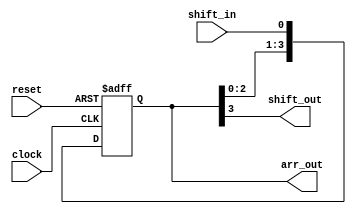
module shiftReg(
	input reset,
	input shift_in,
	input clock,
	output shift_out,
	output [WIDTH-1:0] arr_out);
	
	parameter WIDTH = 4;
	
	reg [WIDTH-1:0] bits;
	
	assign shift_out = bits[WIDTH-1];
	assign arr_out = bits;
	
	always@(posedge clock or posedge reset)
		begin
		if(reset)
			bits<=8'd0;
		else
			begin
			bits <= bits << 1;
		
			bits[0] <= shift_in;
			end
		end
	
	endmodule